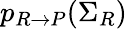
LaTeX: p_{R\rightarrow P}(\Sigma_{R})